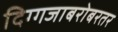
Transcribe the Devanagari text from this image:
दिग्गजाबरोबरतर